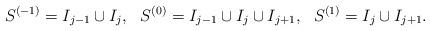
LaTeX: \begin{align*} S^{(-1)} = I_{j-1}\cup I_j, \ \ S^{(0)} = I_{j-1}\cup I_j \cup I_{j+1}, \ \ S^{(1)} = I_j \cup I_{j+1}.\end{align*}